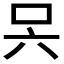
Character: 𭇊